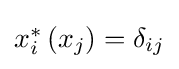
{\textstyle x_{i}^{*}\left(x_{j}\right)=\delta _{ij}}